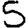
Digit: 5